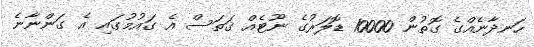
ހަނދާނެއްގެ ގޮތުން 10000 ޑޮލަރުގެ ނޫޓެއް ގަތަސް އެ ގައުމުގައި އެ ގަންނާނެ